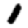
Digit: 1